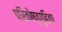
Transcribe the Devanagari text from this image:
परिकोष्ठगुहिका